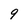
Character: 9